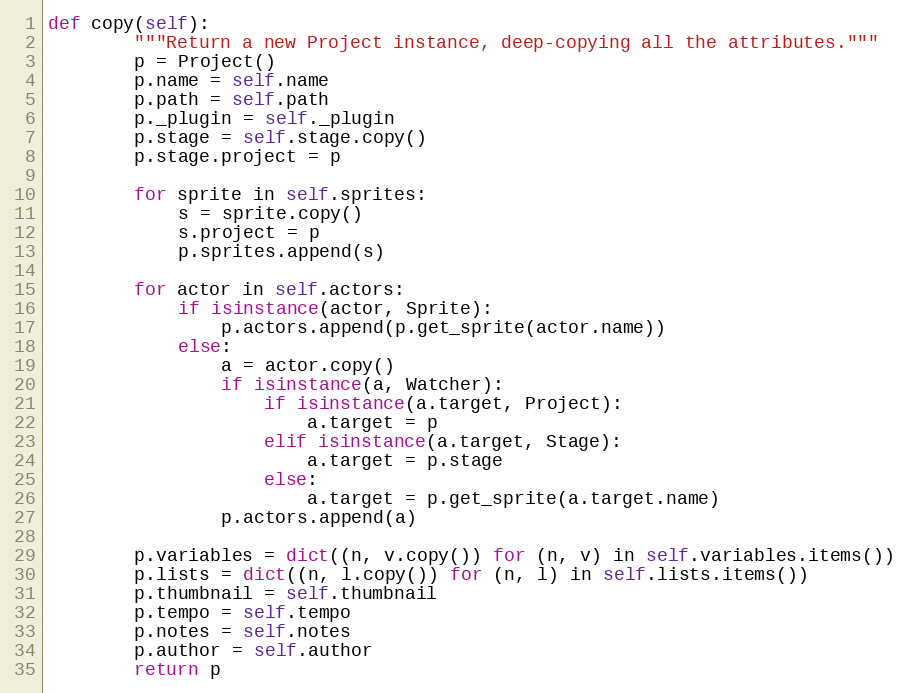
Language: Python
def copy(self):
        """Return a new Project instance, deep-copying all the attributes."""
        p = Project()
        p.name = self.name
        p.path = self.path
        p._plugin = self._plugin
        p.stage = self.stage.copy()
        p.stage.project = p

        for sprite in self.sprites:
            s = sprite.copy()
            s.project = p
            p.sprites.append(s)

        for actor in self.actors:
            if isinstance(actor, Sprite):
                p.actors.append(p.get_sprite(actor.name))
            else:
                a = actor.copy()
                if isinstance(a, Watcher):
                    if isinstance(a.target, Project):
                        a.target = p
                    elif isinstance(a.target, Stage):
                        a.target = p.stage
                    else:
                        a.target = p.get_sprite(a.target.name)
                p.actors.append(a)

        p.variables = dict((n, v.copy()) for (n, v) in self.variables.items())
        p.lists = dict((n, l.copy()) for (n, l) in self.lists.items())
        p.thumbnail = self.thumbnail
        p.tempo = self.tempo
        p.notes = self.notes
        p.author = self.author
        return p